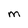
Character: M